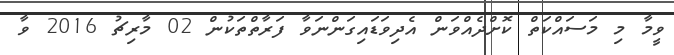
ވީމާ މި މަސައްކަތް ކޮށްދެއްވަން އެދިވަޑައިގަންނަވާ ފަރާތްތަކުން 02 މާރިޗު 2016 ވާ